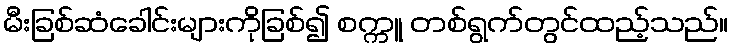
မီးခြစ်ဆံခေါင်းများကိုခြစ်၍ စက္ကူ တစ်ရွက်တွင်ထည့်သည်။